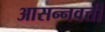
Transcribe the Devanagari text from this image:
आसन्नवर्त्ती